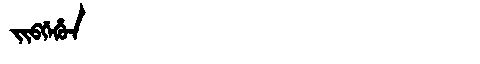
Manchu: ᠵᡳᠪᡤᡝᡥᡠᠨ
Romanization: JIBGEHUN